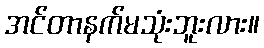
အင်တာနက်မသုံးဘူးလား။